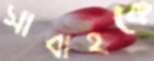
সাবাহকে